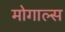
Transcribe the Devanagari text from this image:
मोगाल्स